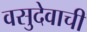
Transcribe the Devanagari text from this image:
वसुदेवाची